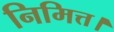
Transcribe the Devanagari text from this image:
निमित्त।